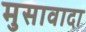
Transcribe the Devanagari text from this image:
मुसावादा